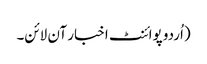
(اُردو پوائنٹ اخبار آن لائن۔